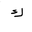
Letter: _kaf